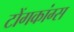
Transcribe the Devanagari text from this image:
टोंगकांग्स